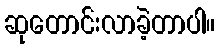
ဆုတောင်းလာခဲ့တာပါ။